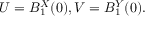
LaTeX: U = B _ { 1 } ^ { X } ( 0 ) , V = B _ { 1 } ^ { Y } ( 0 ) .